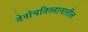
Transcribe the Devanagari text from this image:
तेनोचतित्लानातील